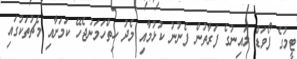
ޓީމުގެ ފޯވަޑް ލައިނުގެ ފަރާތުން ފެނުނު ކުޅުމާއި މެދު ހިތްހަމަނުޖެހޭ ކަމަށާއި މެޗުތަކުގައި